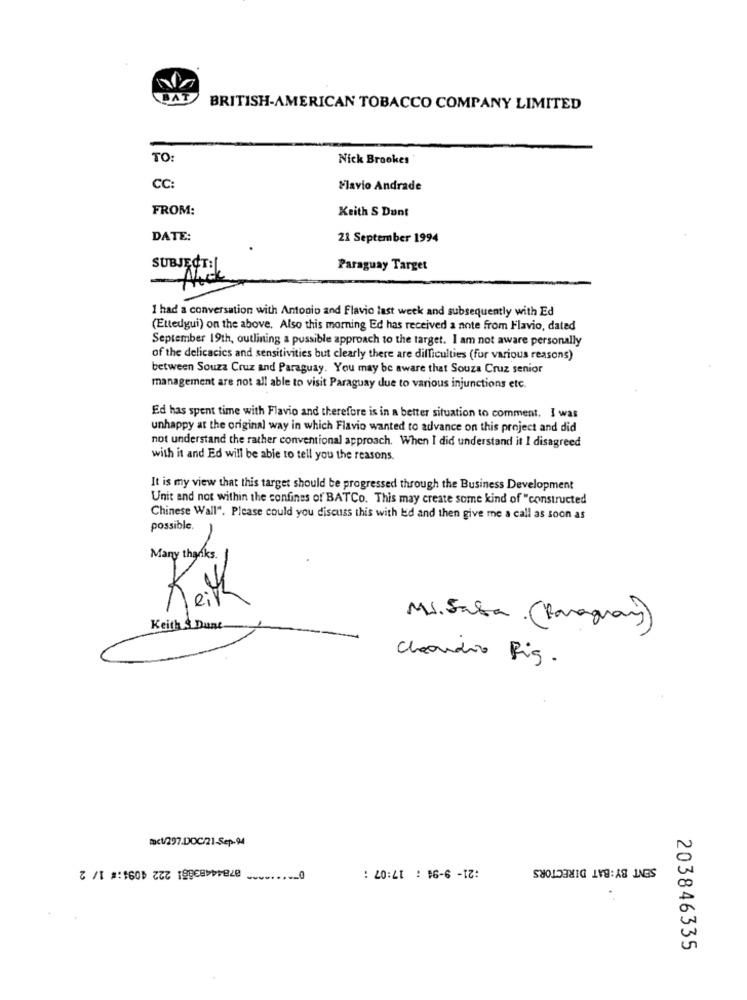
AT
BRITISH-AMERICAN TOBACCO COMPANY LIMITED
TO
Nick Brookes
CC:
Flavio Andrade
FROM:
Keith S Dunt
DATE:
21 September 1994
SUBJECT:[.
Paraguay Target
1 had a conversation with Antonio and Flavio last week and subsequently with Ed
(Ettedgui) on the above. Also this morning Ed has received a note from Flavio, dated
September 19th, outlining a possible approach to the target. I am not aware personally
of the delicacics and sensitivities but clearly there are difficulties (for various reasons)
between Souza Cruz and Paraguay. You may be aware that Souza Cruz senior
management are not all able to visit Paraguay due to various injunctions etc.
Ed has spent time with Flavio and therefore is in a better situation to comment. I was
unhappy at the original way in which Flavio wanted to advance on this project and did
not understand the rather conventional approach. When I did understand it I disagreed
with it and Ed will be able to tell you the reasons.
It is my view that this target should be progressed through the Business Development
Unit and not within the confines of BATCo. This may create some kind of "constructed
Chinese Wall". Please could you discuss this with kid and then give me a call as soon as
possible.
Many thanks.
Keith
Keith & Dune
MS. Saba (Paraguay)
Claudio Fig.
mct/297.DOC/21-Sep-94
* 07844483851 222 4094:# 1/ 2
SENT BY:BAT DIRECTORS
--- 0
: 20:41 : 16-6 -1:
203846335